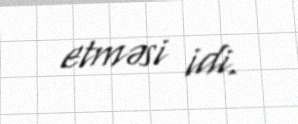
etməsi idi.